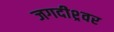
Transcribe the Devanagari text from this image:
जगदीश्र्वर